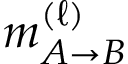
m _ { A \to B } ^ { ( \ell ) }